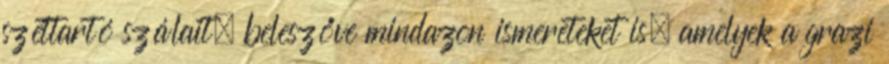
széttartó szálait, beleszőve mindazon ismereteket is, amelyek a grazi